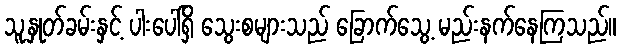
သူ့နှုတ်ခမ်းနှင့် ပါးပေါ်ရှိ သွေးစများသည် ခြောက်သွေ့ မည်းနက်နေကြသည်။